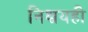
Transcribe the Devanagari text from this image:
निश्चयही